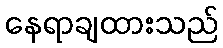
နေရာချထားသည်